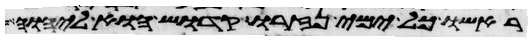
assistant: ראשו כל ימי נזרו קדוש הוא ליהוה